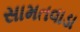
સામતવાડા